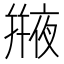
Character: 𠆕